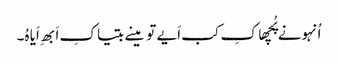
اُنہونے پُچھا کِ کب اَیے تو مینے بتیا کِ اَبھِ اَیا ہُ۔